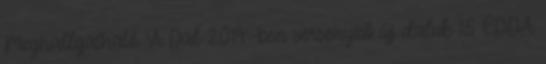
Meghallgatható ’A Dal 2019’-ben versenyző új daluk 15 EDDA